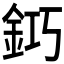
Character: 𨥿